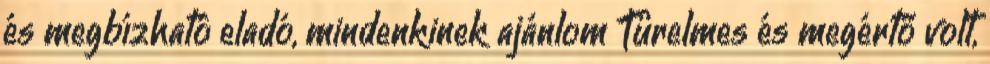
és megbízható eladó, mindenkinek ajánlom Türelmes és megértő volt,